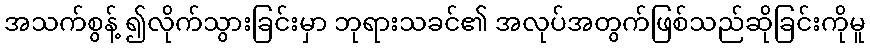
အသက်စွန့် ၍လိုက်သွားခြင်းမှာ ဘုရားသခင်၏ အလုပ်အတွက်ဖြစ်သည်ဆိုခြင်းကိုမူ